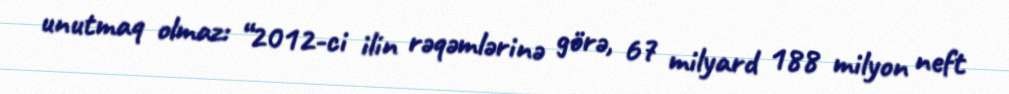
unutmaq olmaz: “2012-ci ilin rəqəmlərinə görə, 67 milyard 188 milyon neft